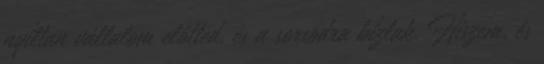
nyíltan vállalom előtted, és a sorsodra bízlak. Hiszem, és